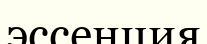
эссенция